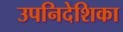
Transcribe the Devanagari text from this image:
उपनिदेशिका